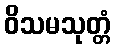
ဝိသမသုတ္တံ